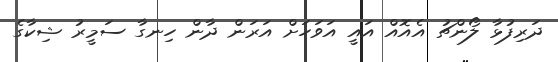
ދަރިފުޅާ ލޯންޗު އެއޮއް އައީ އަވަހަށް އަރަން ދާން ހިނގާ ސަމީރު ޝިކާގެ